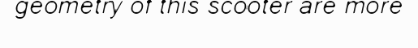
geometry of this scooter are more